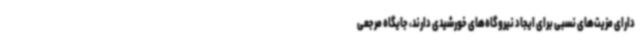
دارای مزیت‌های نسبی برای ایجاد نیروگاه‌های خورشیدی دارند، جایگاه مرجعی